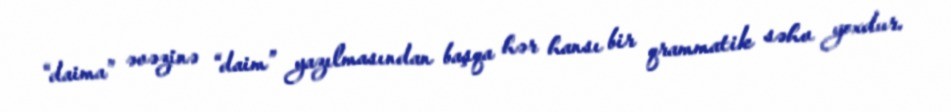
“daima” əvəzinə “daim” yazılmasından başqa hər hansı bir qrammatik səhv yoxdur.